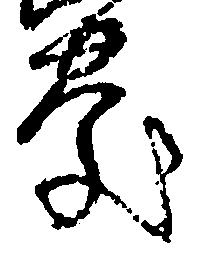
慶